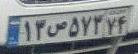
۱۳ص۵۷۳۷۴